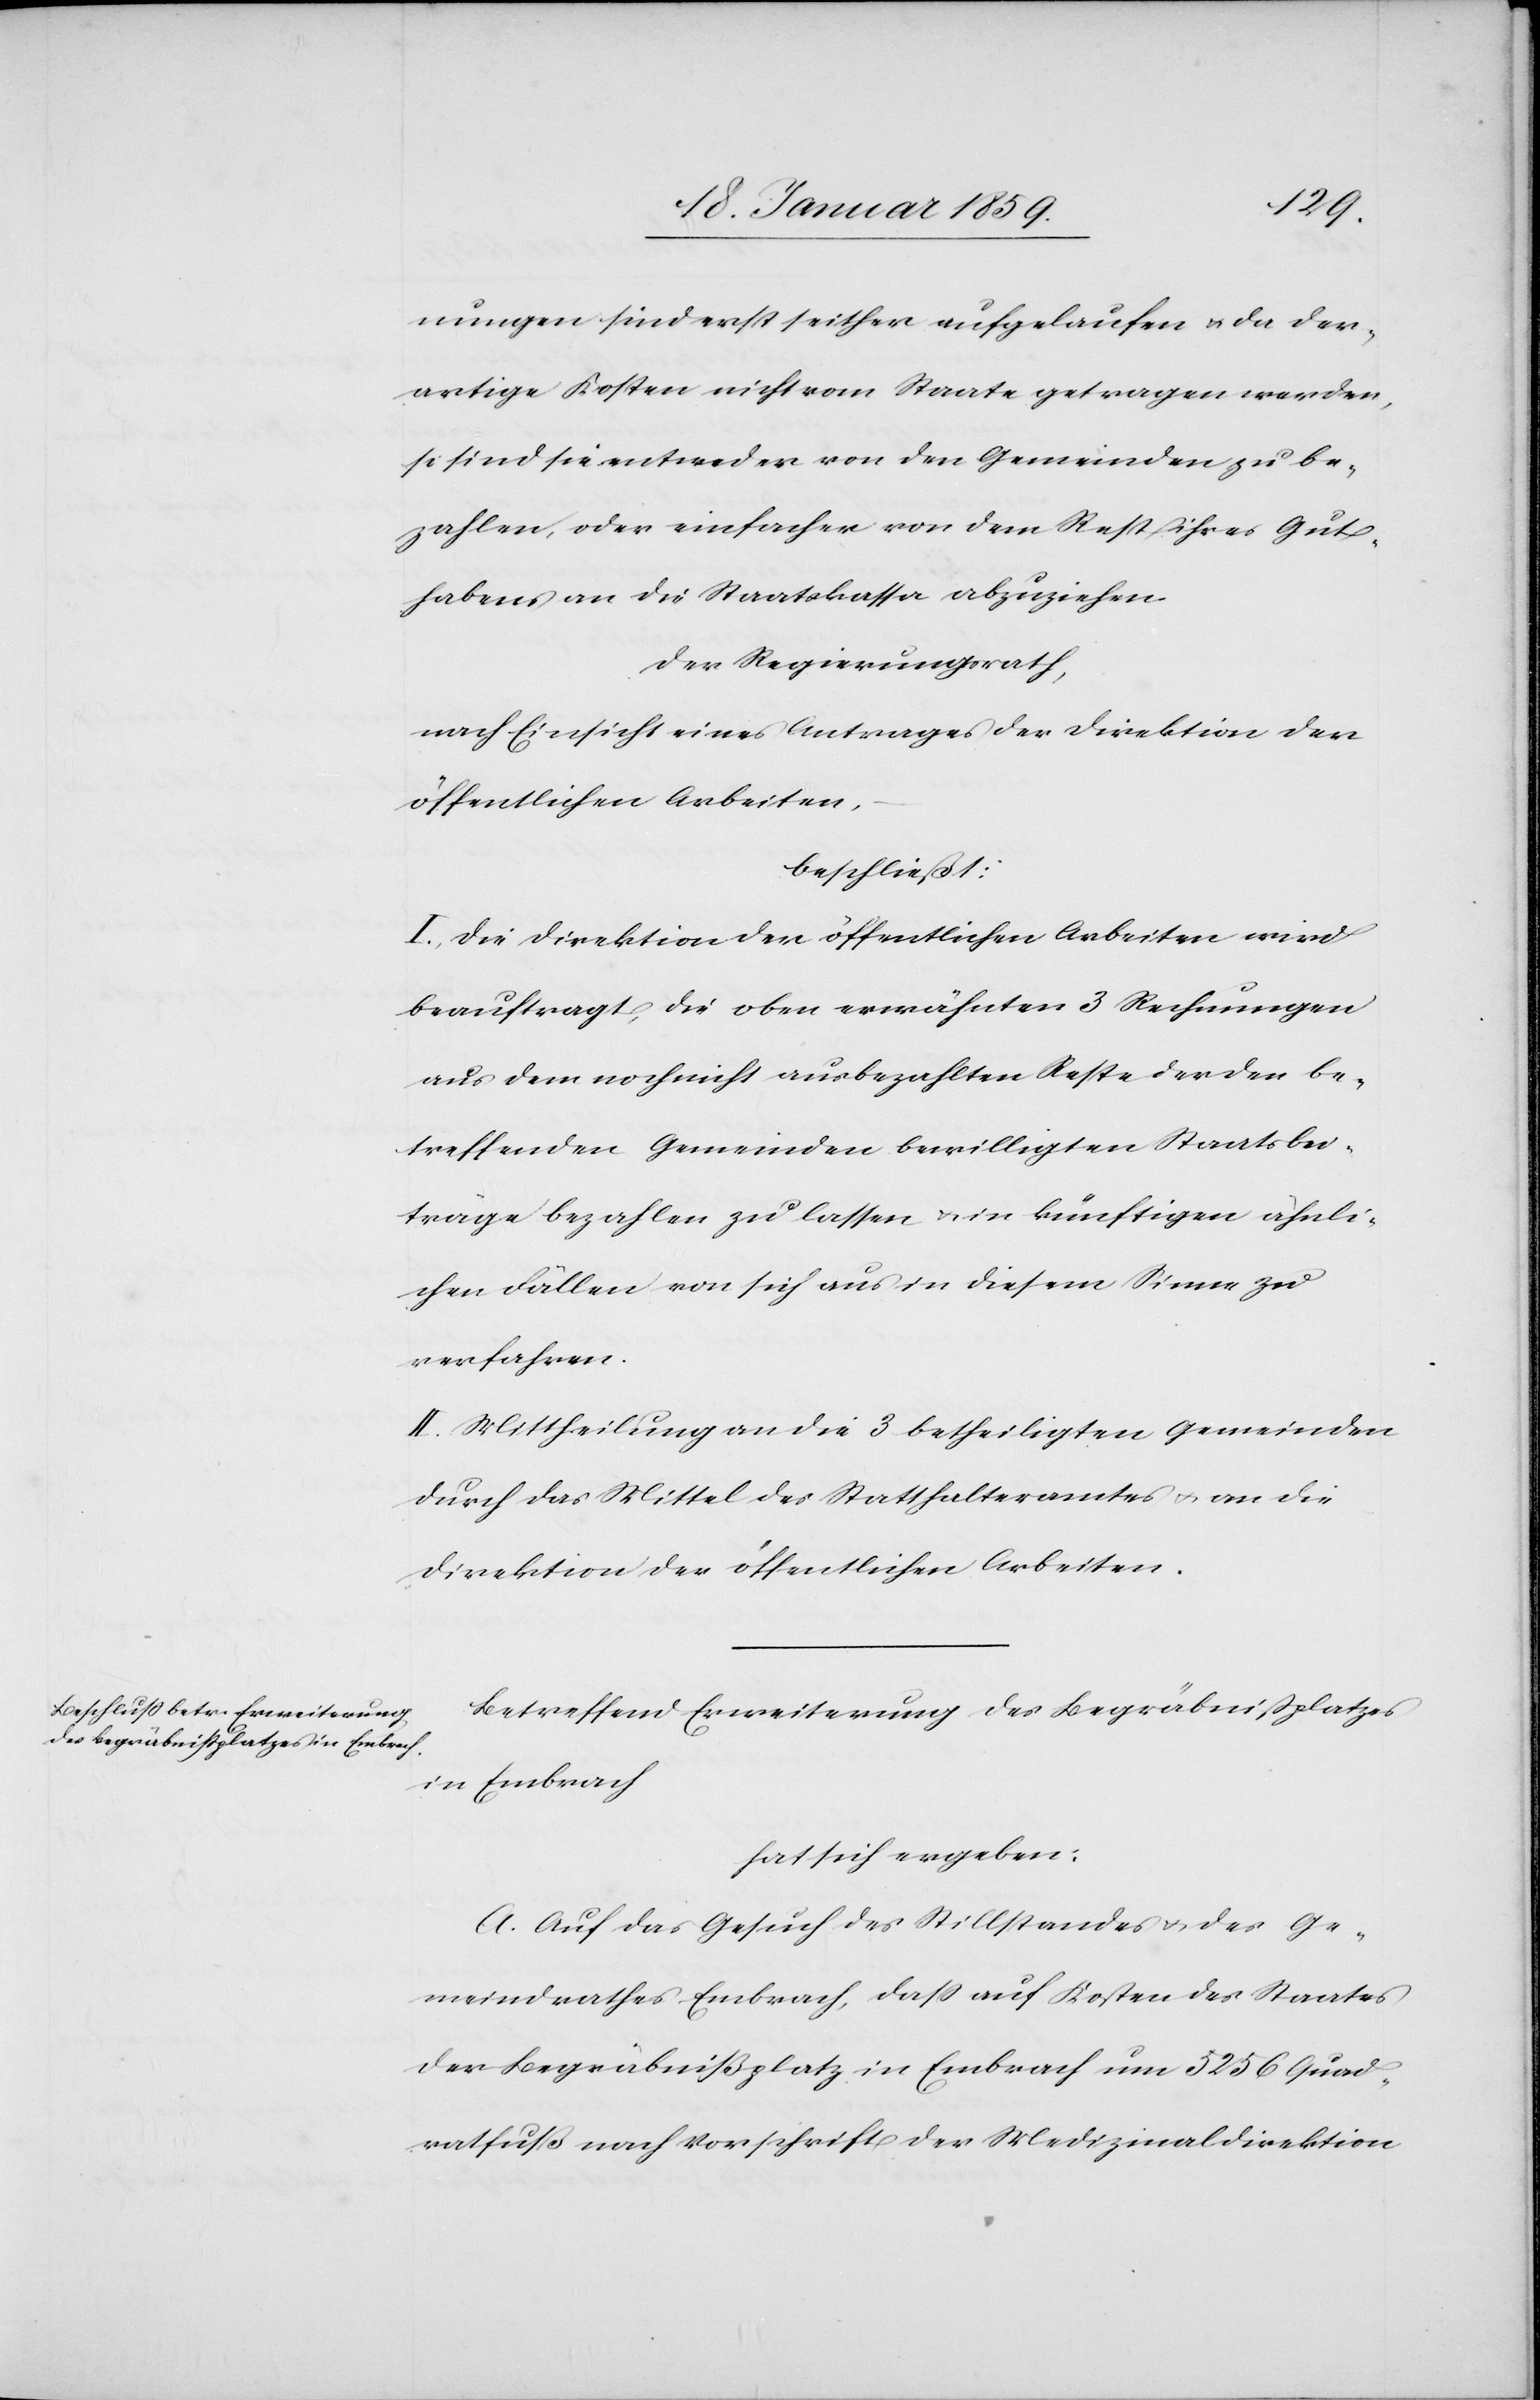
nungen sind erst seither aufgelaufen u. da der¬
artige Kosten nicht vom Staate getragen werden,
so sind sie entweder von den Gemeinden zu be¬
zahlen, oder einfacher von dem Rest ihres Gut¬
habens an die Staatskassa abzuziehen.
Der Regierungsrath,
nach Einsicht eines Antrages des Direktion der
öffentlichen Arbeiten,
beschließt:
I. Die Direktion der öffentlichen Arbeiten wird
beauftragt, die oben erwähnten 3 Rechnungen
aus dem noch nicht ausbezahlten Reste der den be¬
treffenden Gemeinden bewilligten Staatsbei¬
träge bezahlen zu lassen u. in künftigen ähnli¬
chen Fällen von sich aus in diesem Sinne zu
verfahren.
II. Mittheilung an die 3 betheiligten Gemeinden
durch das Mittel des Statthalteramtes u. an die
Direktion der öffentlichen Arbeiten.
Betreffend Erweiterung des Begräbnißplatzes
in Embrach
hat sich ergeben:
A. Auf das Gesuch des Stillstandes u. des Ge¬
meindrathes Embrach, daß auf Kosten des Staates
der Begräbnißplatz in Embrach um 5256 Quad¬
ratfuß nach Vorschrift der Medizinaldirektion